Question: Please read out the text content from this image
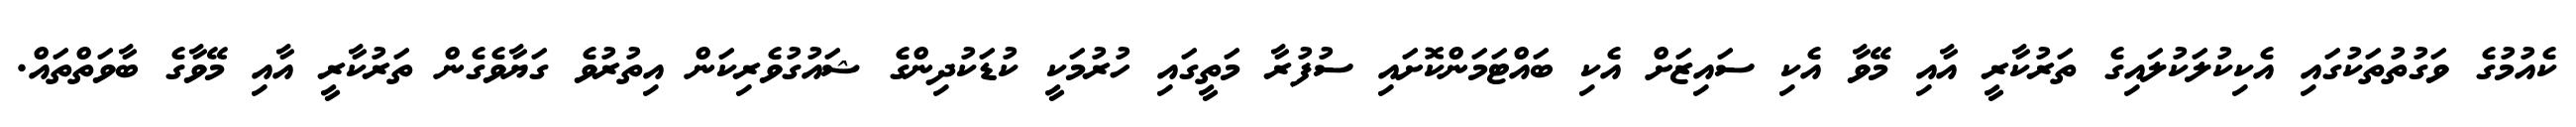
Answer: ކެއުމުގެ ވަގުތުތަކުގައި އެކިކުލަކުލައިގެ ތަރުކާރީ އާއި މޭވާ އެކި ސައިޒަށް އެކި ބައްޓަމަންކޮށައި ސުފުރާ މަތީގައި ހުރުމަކީ ކުޑަކުދިންގެ ޝައުގުވެރިކަން އިތުރުވެ ގަޔާވެގެން ތަރުކާރީ އާއި މޭވާގެ ބާވަތްތައް.